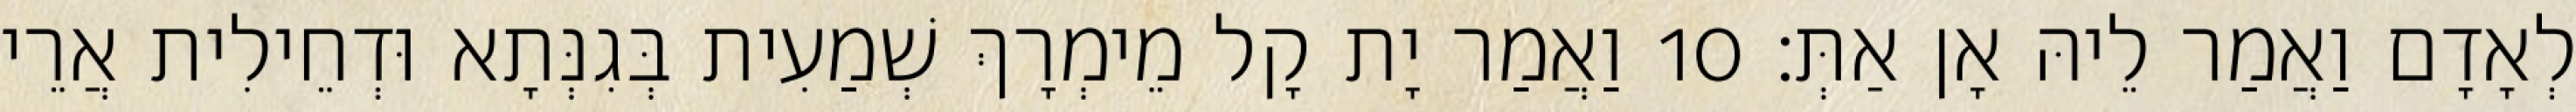
לְאָדָם וַאֲמַר לֵיהּ אָן אַתְּ׃ 10 וַאֲמַר יָת קָל מֵימְרָךְ שְׁמַעִית בְּגִנְּתָא וּדְחֵילִית אֲרֵי